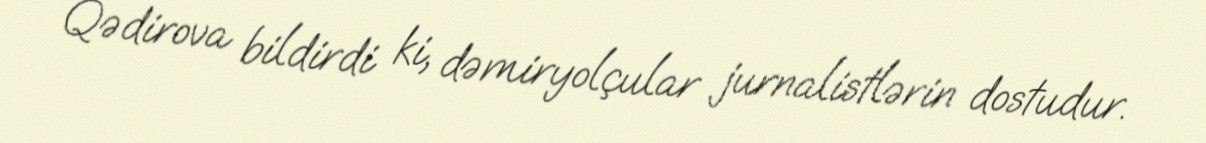
Qədirova bildirdi ki, dəmiryolçular jurnalistlərin dostudur.